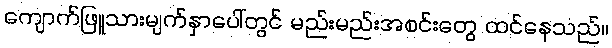
ကျောက်ဖြူသားမျက်နှာပေါ်တွင် မည်းမည်းအစင်းတွေ ထင်နေသည်။